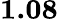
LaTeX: \mathbf{1.08}